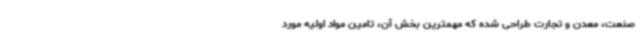
صنعت، معدن و تجارت طراحی شده که مهمترین بخش آن، تامین مواد اولیه مورد